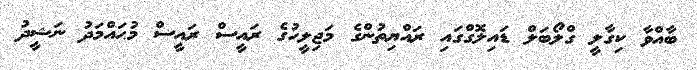
ބާއްވާ ކިގާލީ ގްލޯބަލް ޑައިލޮގްގައި ރައްޔިތުންގެ މަޖިލީހުގެ ރައީސް ރައީސް މުޙައްމަދު ނަޝީދު